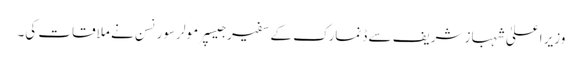
وزیر اعلیٰ شہباز شریف سے ڈنمارک کے سفیر جیسپر مولر سورنسن نے ملاقات کی۔